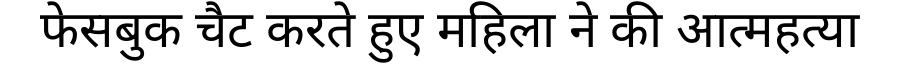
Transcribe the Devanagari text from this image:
फेसबुक चैट करते हुए महिला ने की आत्महत्या